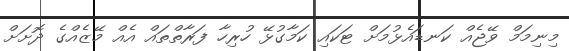
މިނިމަމް ވޭޖެއް ކަނޑައެޅުމަށް ޓަކައި ކަމާގުޅޭ ހުރިހާ ފަރާތްތައް އެއް މޭޒެއްގެ ދޮށަށް